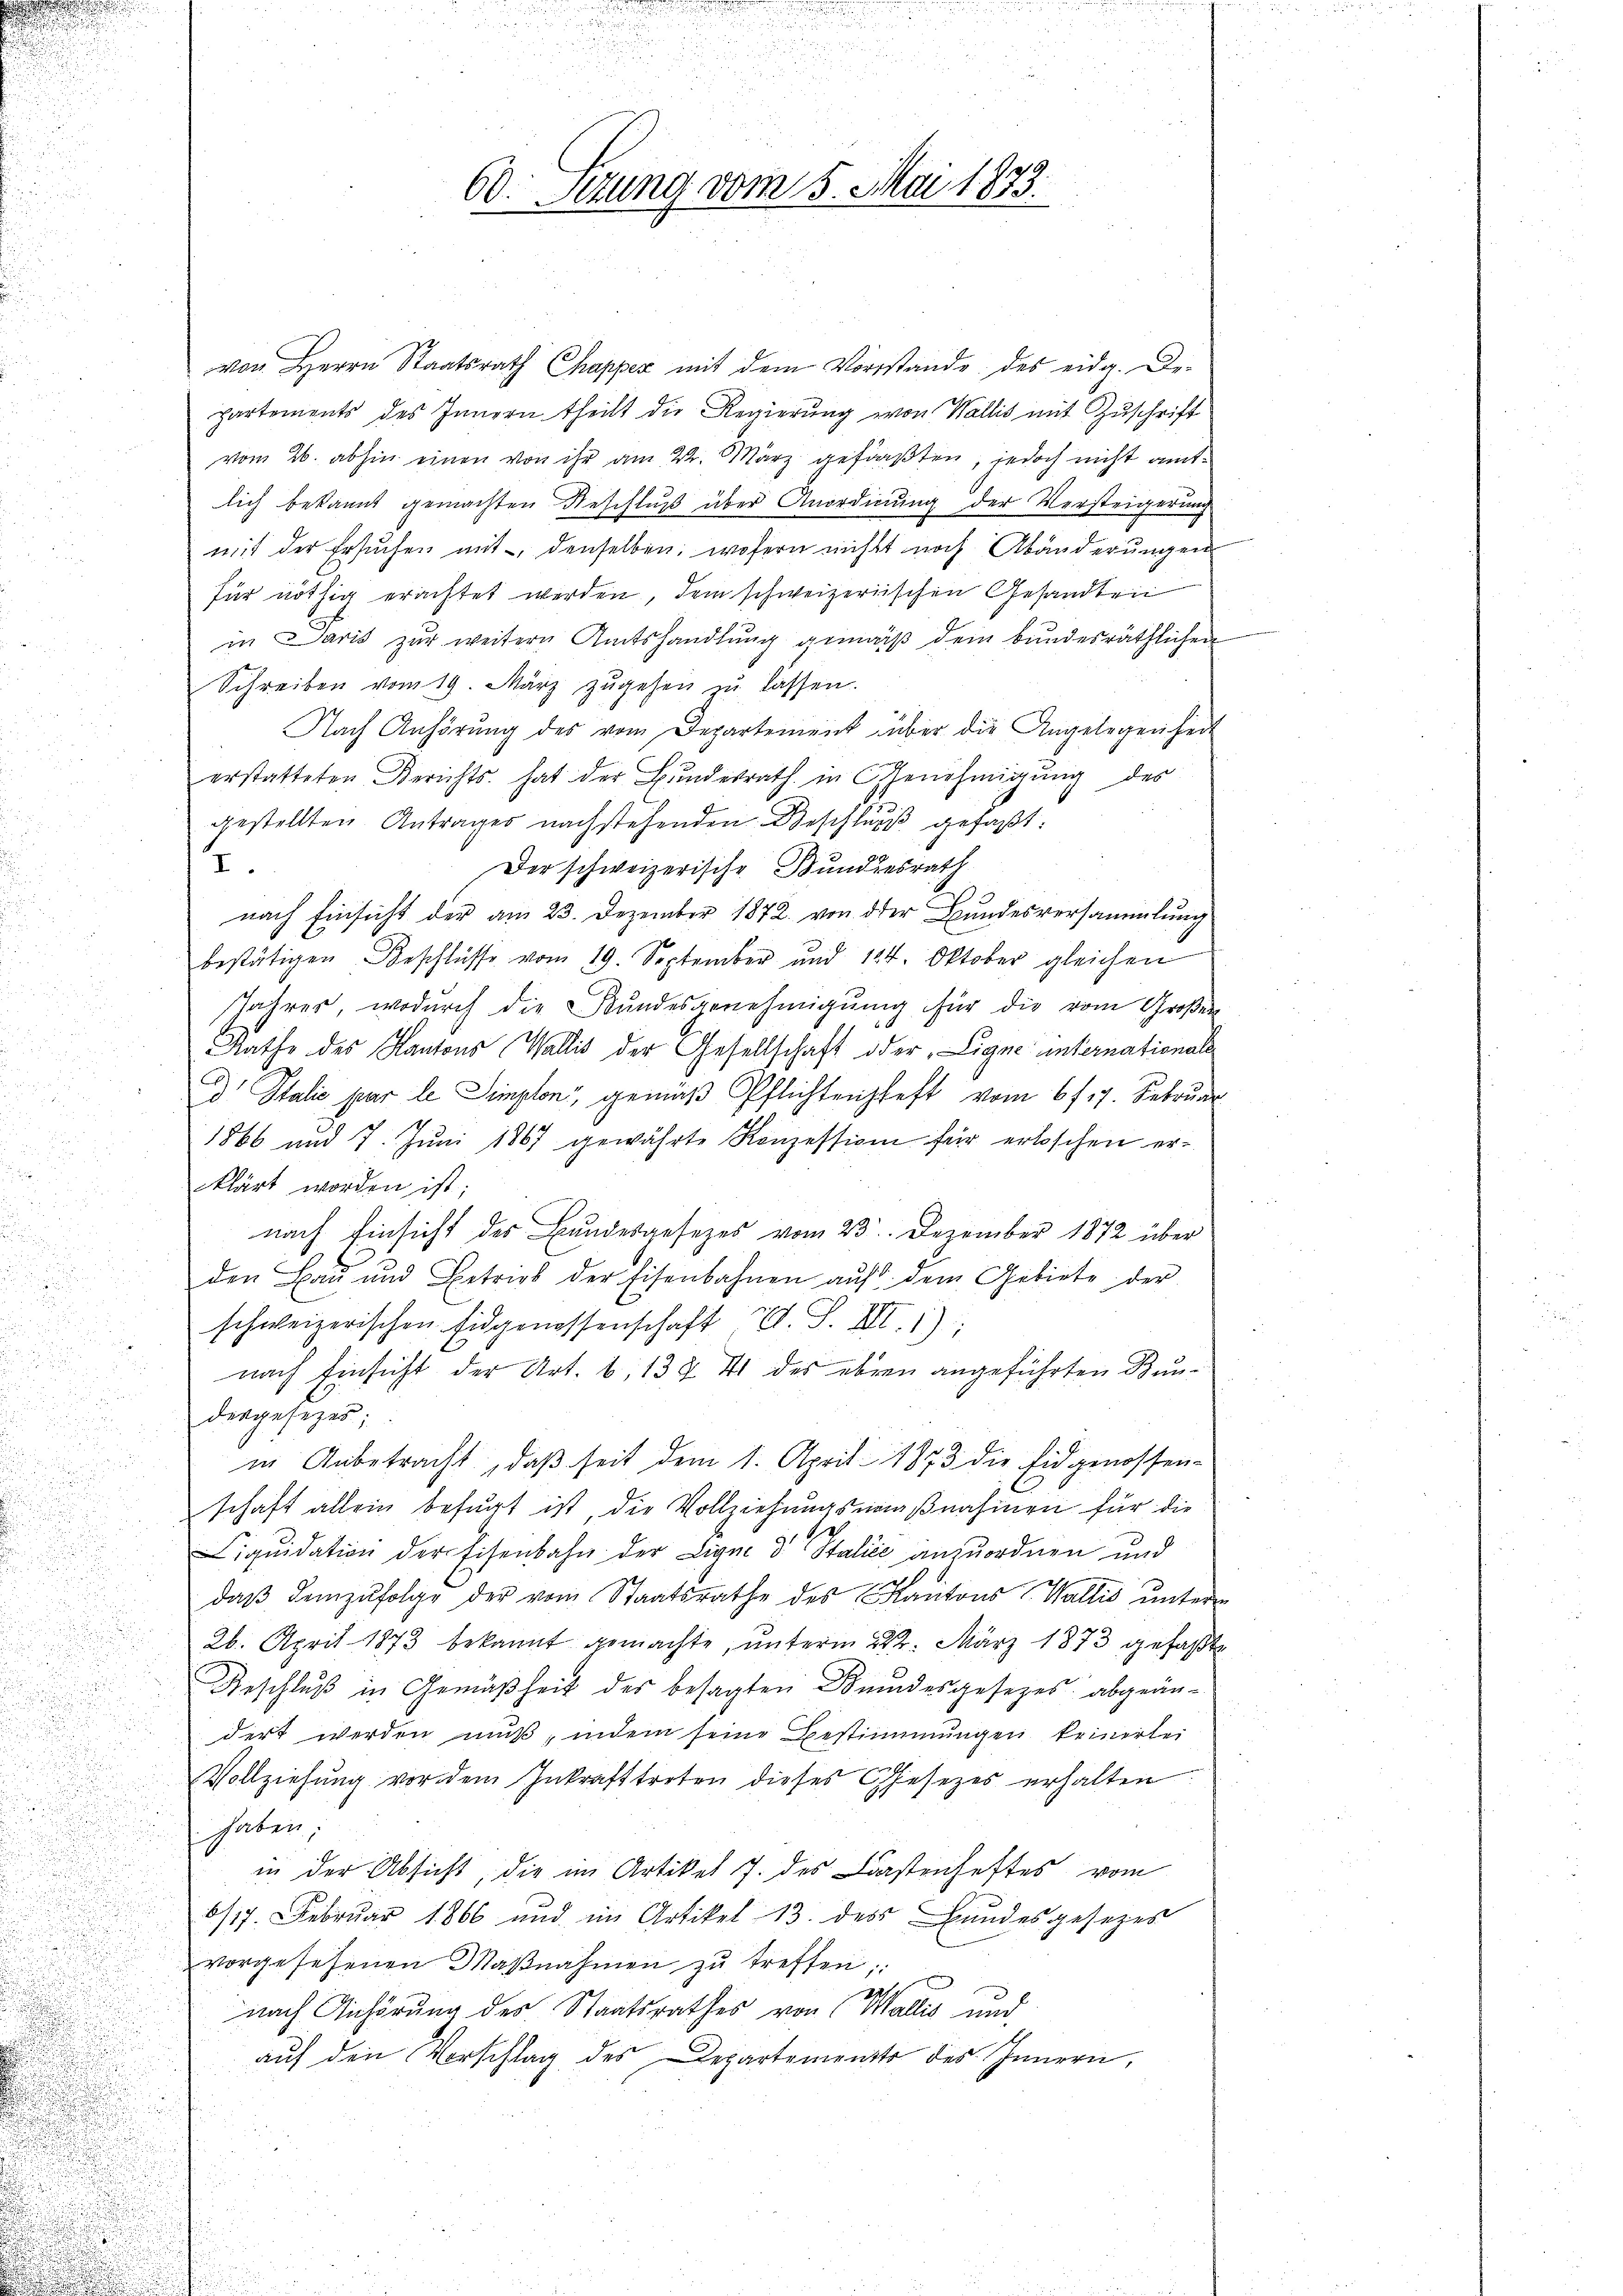
.

von Herrn Staatsrath Chapper mit dem Vorstande des eidg. De-
partements des Innern theilt die Regierung von Wallis mit Zuschrift
vom 26. abhin einen von ihr am 22. März gefaßten, jedoch nicht amtlich bekannt gemachten Beschluß über Anordnung der Versteigerung
mit der Ersuchen mit denselben, wofern nicht noch Abänderungen
für nöthig erachtet werden, dem schweizerischen Gesandten
in Daris zur weitern Amtshandlung gemäß dem bundesräthlichen
Schreiben vom 19. März zŭgehen zŭ lassen.
Nach Anhörung des vom Departement über die Angelegenheit
erstatteten Berichts hat der Bundesrath in Genehmigung des
gestellten Antrages nachstehenden Beschluß gefaßt:
I.
Der schweizerische Bundesrath
.
nach Einsicht der am 23. Dezember 1872 von der Bundesversammlung
bestätigen Beschlüsse vom 19. September und 124. Oktober gleichen
Jahres, wodurch die Bundesgenehmigŭng für die vom Großen
Rathe des Kantons Wallis der Gesellschaft oder, Ligne unternationale
d Italie par le Semplon gemäß Pflichtenhaft vom 6 f 17. Februar
d
1866 und 7. Juni 1867 gewährte Konzession für erloschen er¬
.
klärt worden ist;
nach Einsicht des Bundesgesezes vom 23. Dezember 1872 über
den Bau und Betries der Eisenbahnen aŭf dem Gebiete der
n
.
schweizerischen Eidgenossenschaft d. S. III. 1):

d
nach Einsicht der Art. 6, 13 & 41 des eben angeführten Bun¬
.
dergesezes;
u
in Anbetracht, daβ seit dem 1. April 1873 die Eidgenossen-
schaft allein befugt ist, die Vollziehungsmaßnahmen für die
.
Liqŭidation der Eisenbahn der Ligne d. Stalie anzuordnen und
daß demzufolge der vom Staatsrathe des Kantons V. Wallis unterm
26. April 1873 bekannt gemachte, unterm 222. März 1873 gefaßte
Geschluß in Gemäßheit des besagten Bundesgesezes abgeändert werden muß, indem seine Bestimmungen keinerlei
Vollziehung vor dem Inkrafttreten dieses Gesezes erhalten.
haben;
in der Absicht, die im Artikel 7. des Wastenhaftes vom
6/17. Februar 1866 und im Artikel 13. des Bundesgesezes
vorgesehenen Maβnahmen zŭ treffen;
nach Anhörung des Staatsrathes von Wallis und
aŭf den Vorschlag des Departemento des Innern,

g
60. Setzung vom 5. Mai 1873.

e